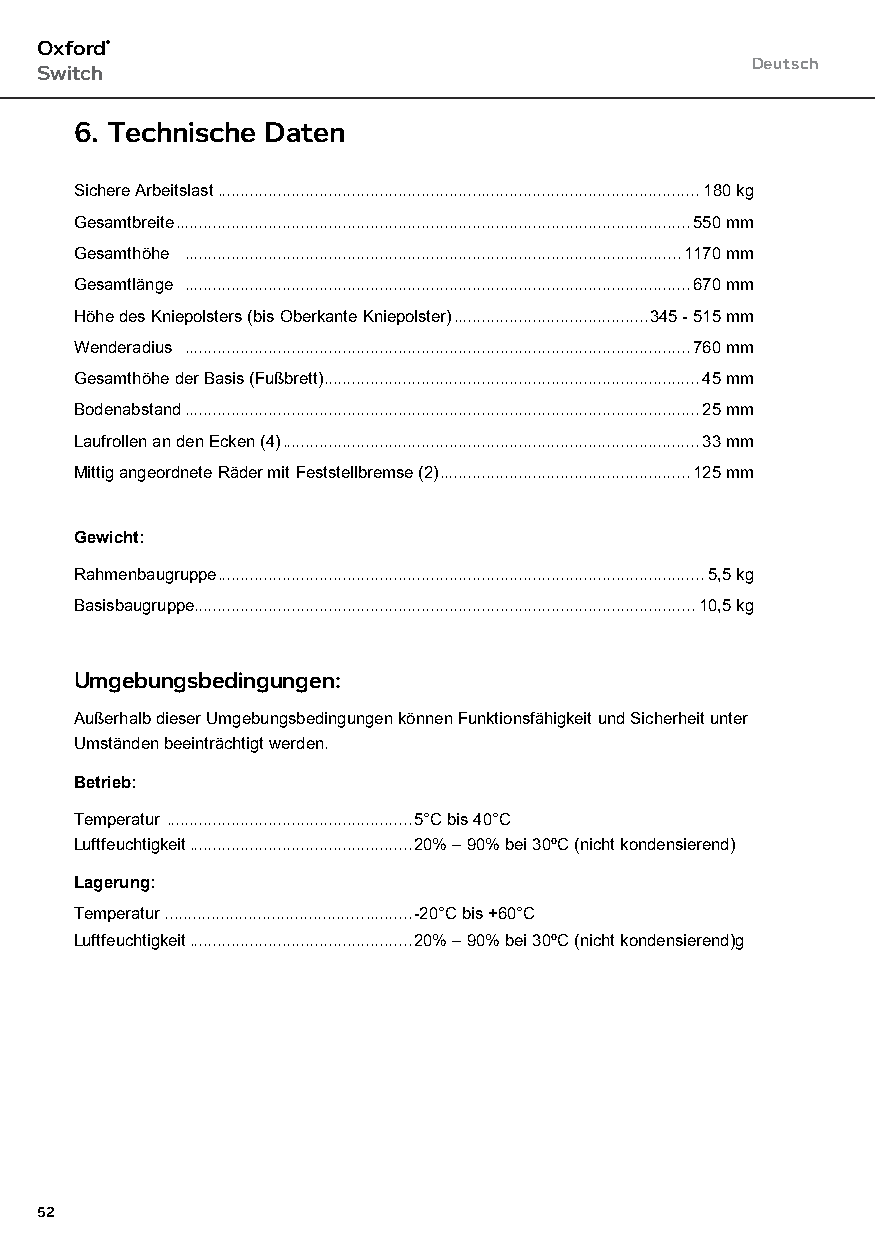
Oxford®
 Deutsch
 Switch
 6. Technische Daten
 Sichere Arbeitslast ........................................................................................................180 kg
 Gesamtbreite ...............................................................................................................550 mm
 Gesamthöhe ...........................................................................................................1170 mm
 Gesamtlänge .............................................................................................................670 mm
 Höhe des Kniepolsters (bis Oberkante Kniepolster) ..........................................345 - 515 mm
 Wenderadius .............................................................................................................760 mm
 Gesamthöhe der Basis (Fußbrett) .................................................................................45 mm
 Bodenabstand ...............................................................................................................25 mm
 Laufrollen an den Ecken (4) ..........................................................................................33 mm
 Mittig angeordnete Räder mit Feststellbremse (2) ......................................................125 mm
 Gewicht:
 Rahmenbaugruppe .........................................................................................................5,5 kg
 Basisbaugruppe............................................................................................................10,5 kg
 Umgebungsbedingungen:
 Außerhalb dieser Umgebungsbedingungen können Funktionsfähigkeit und Sicherheit unter
 Umständen beeinträchtigt werden.
 Betrieb:
 Temperatur .....................................................5°C bis 40°C
 Luftfeuchtigkeit ................................................20% – 90% bei 30ºC (nicht kondensierend)
 Lagerung:
 Temperatur ........................................... ..........-20°C bis +60°C
 Luftfeuchtigkeit ................................................20% – 90% bei 30ºC (nicht kondensierend)g
 52